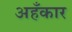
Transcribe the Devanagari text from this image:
अहँकार